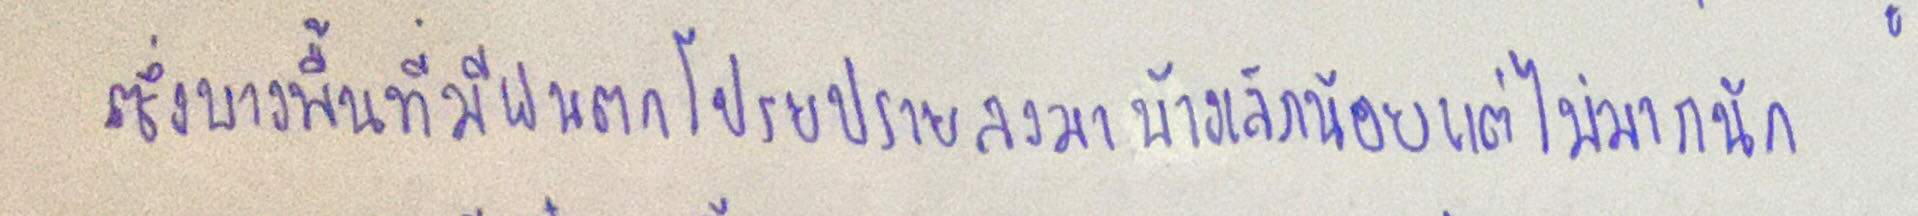
ซึ่งบางพื้นที่มีฝนตกโปรยปรายลงมาบ้างเล็กน้อยแต่ไม่มากนัก